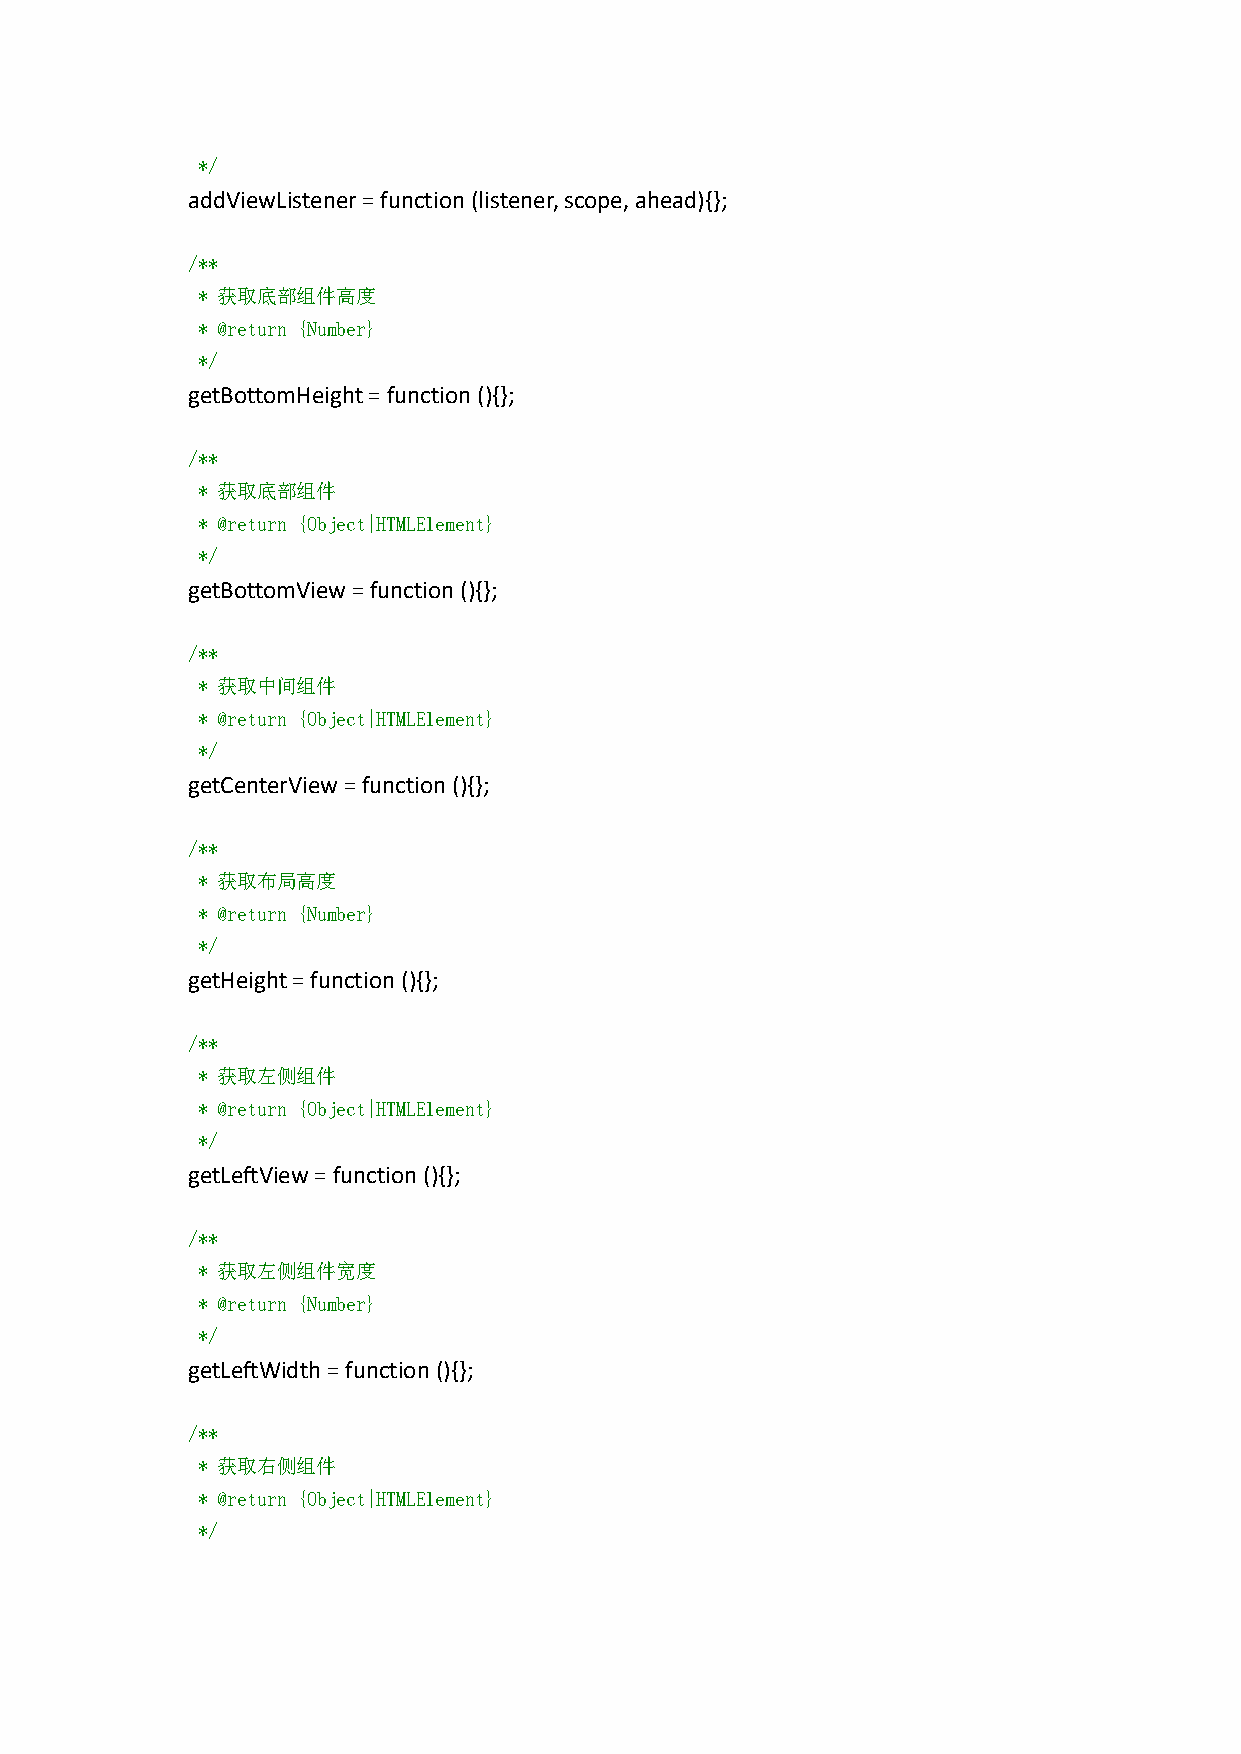
*/
 addViewListener=function(listener,scope,ahead){};
 /**
 * 获取底部组件高度
 * @return {Number}
 */
 getBottomHeight=function(){};
 /**
 * 获取底部组件
 * @return {Object|HTMLElement}
 */
 getBottomView=function(){};
 /**
 * 获取中间组件
 * @return {Object|HTMLElement}
 */
 getCenterView=function(){};
 /**
 * 获取布局高度
 * @return {Number}
 */
 getHeight=function (){};
 /**
 * 获取左侧组件
 * @return {Object|HTMLElement}
 */
 getLeftView=function(){};
 /**
 * 获取左侧组件宽度
 * @return {Number}
 */
 getLeftWidth=function(){};
 /**
 * 获取右侧组件
 * @return {Object|HTMLElement}
 */